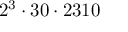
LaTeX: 2 ^ { 3 } \cdot 3 0 \cdot 2 3 1 0